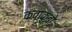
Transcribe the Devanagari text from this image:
कवाकुबो